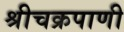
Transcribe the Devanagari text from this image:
श्रीचक्रपाणी